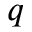
q